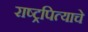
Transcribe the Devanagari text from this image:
राष्ट्रपित्याचे